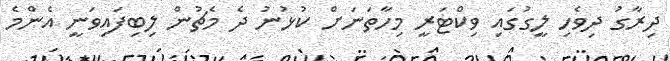
ދިރާގު ދިވެހި ލީގުގައި ވިކްޓަރީ މިހާތަނަށް ކުޅުނު ދެ މެޗުން ލިބިފައިވަނީ އެންމެ